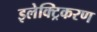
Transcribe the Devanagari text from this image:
इलेक्ट्रिकरण